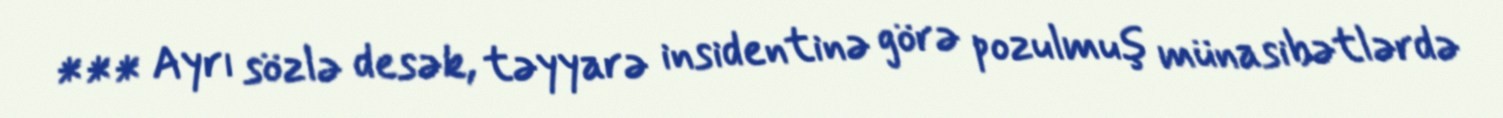
*** Ayrı sözlə desək, təyyarə insidentinə görə pozulmuş münasibətlərdə